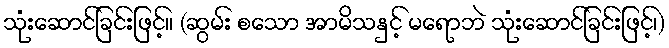
သုံးဆောင်ခြင်းဖြင့်။ (ဆွမ်း စသော အာမိသနှင့် မရောဘဲ သုံးဆောင်ခြင်းဖြင့်၊)